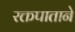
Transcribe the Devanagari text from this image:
रक्तपाताने